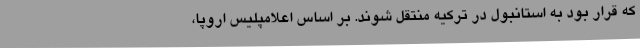
که قرار بود به استانبول در ترکیه منتقل شوند. بر اساس اعلامپلیس اروپا،